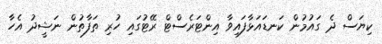
ކިޔަސް ދެ ގައުމުން ކަނޑައަޅާފައިވާ އިންޓަރެސްޓް ރޭޓުގައި ހުރި ތަފާތުން ނަޝީދު އެހާ